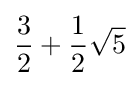
{\frac {3}{2}}+{\frac {1}{2}}{\sqrt {5}}